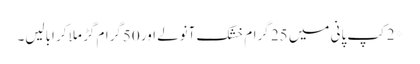
*2کپ پانی میں 25 گرام خشک آنولے اور 50گرام گڑ ملا کر ابالیں۔